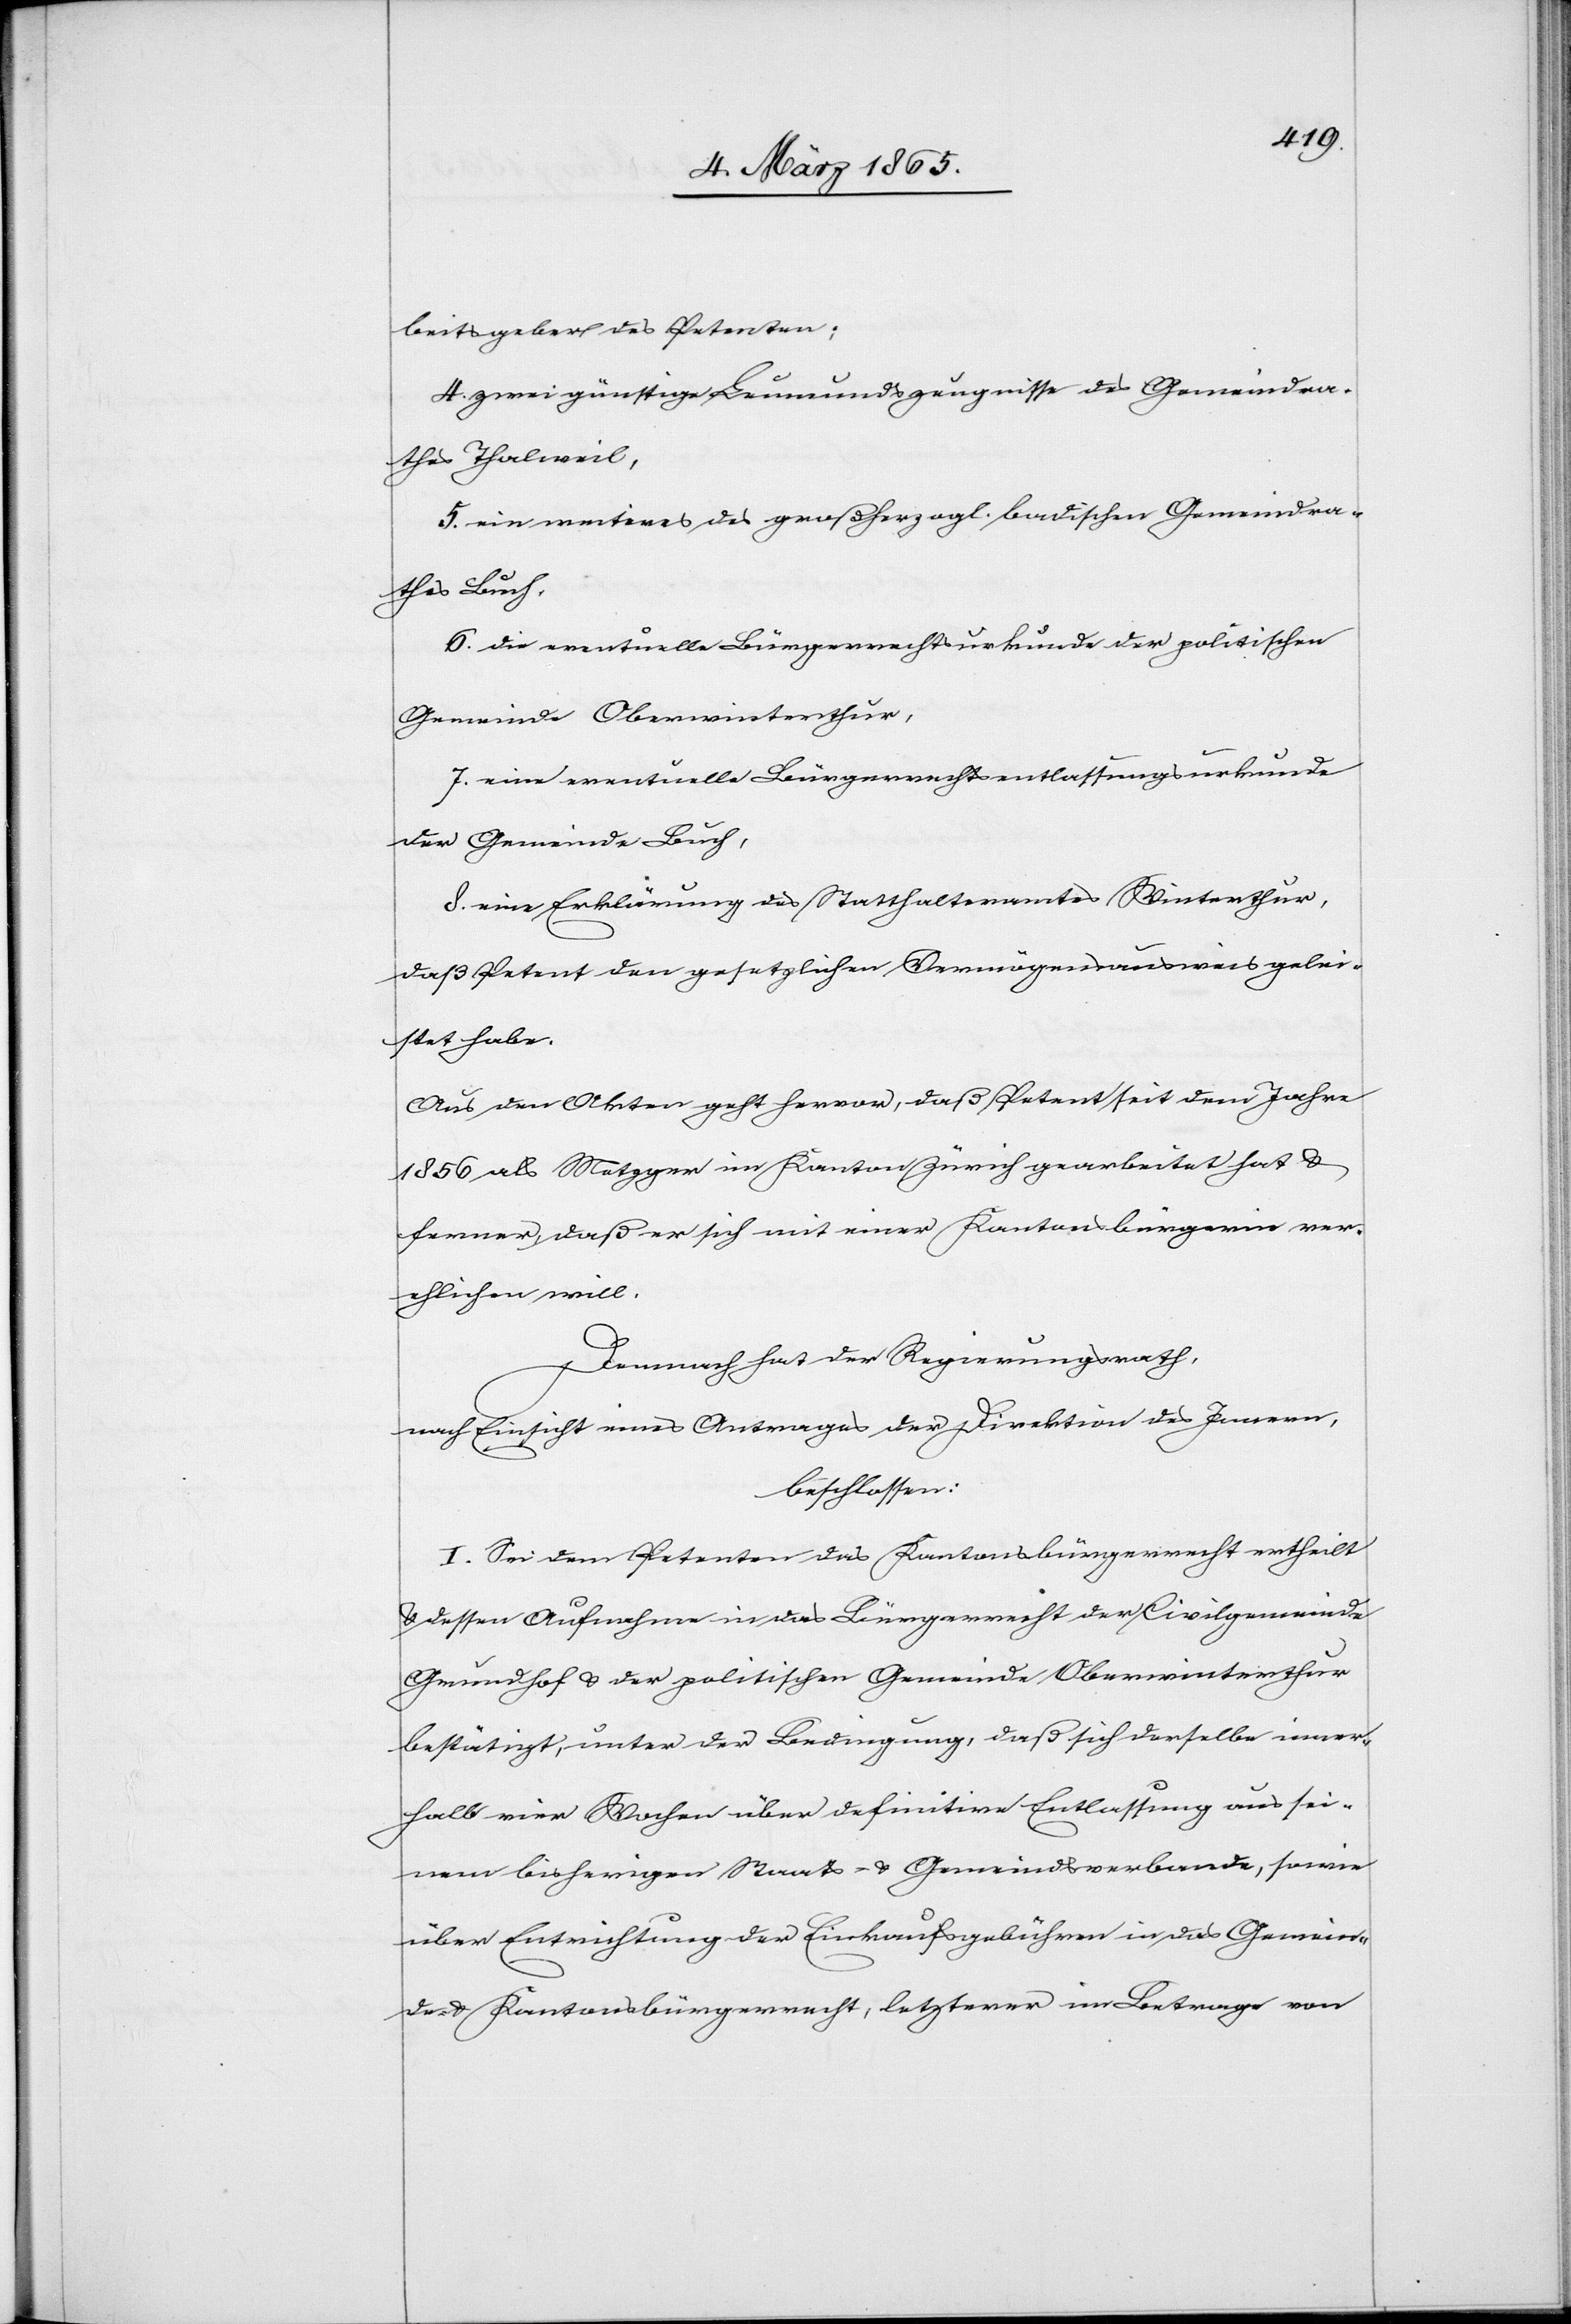
beitsgeber des Petenten;
4. zwei günstige Leumundszeugnisse des Gemeindra¬
thes Thalweil,
5. ein weiteres des großherzogl. badischen Gemeindra¬
thes Buch,
6. die eventuelle Bürgerrechtsurkunde der politischen
Gemeinde Oberwinterthur,
7. eine eventuelle Bürgerrechtsentlassungsurkunde
der Gemeinde Buch,
8. eine Erklärung des Statthalteramtes Winterthur,
daß Petent den gesetzlichen Vermögensausweis gelei¬
stet habe.
Aus den Akten geht hervor, daß Petent seit dem Jahre
1856 als Metzger im Kanton Zürich gearbeitet hat u.
ferner, daß er sich mit einer Kantonsbürgerin ver¬
ehlichen will.
Demnach hat der Regierungsrath,
nach Einsicht eines Antrages der Direktion des Innern,
beschlossen:
I. Sei dem Petenten das Kantonsbürgerrecht ertheilt
u. dessen Aufnahme in das Bürgerrecht der Civilgemeinde
Grundhof u. der politischen Gemeinde Oberwinterthur
bestätigt, unter der Bedingung, daß sich derselbe inner¬
halb vier Wochen über definitive Entlassung aus sei¬
nem bisherigen Staats- u. Gemeindsverbande, sowie
über Entrichtung der Einkaufsgebühren in das Gemeinde-
u. Kantonsbürgerrecht, letzterer im Betrage von